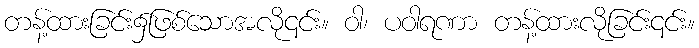
တန့်ထားခြင်း၌ဖြစ်သောအလို၎င်း။ ဝါ၊ ပဝါရဏာ တန့်ထားလိုခြင်း၎င်း။